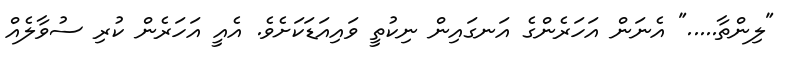
"ލިންތާ....." އެނަން އަހަރެންގެ އަނގައިން ނިކުތީ ވައިއަޑަކަށެވެ. އެއީ އަހަރެން ކުރި ސުވާލެއް